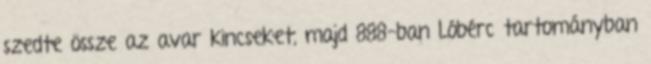
szedte össze az avar kincseket, majd 888-ban Lóbérc tartományban